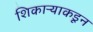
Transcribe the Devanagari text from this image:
शिकाऱ्याकडून